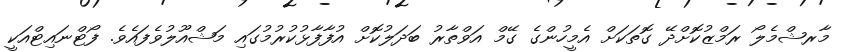
މާރޝްމެލޯ ރަމްޒުކޮށްދޭ ގޮތަކަށް އެމީހުންގެ ގޭމް އަވްތާރު ބަދަލުކޮށް އުފާފާޅުކުރުމުގައި މަޝްއޫލުވެފައެވެ. ފޯޓްނައިޓްއަކީ